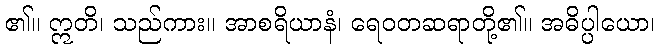
၏။ ဣတိ၊ သည်ကား။ အာစရိယာနံ၊ ရေဝတဆရာတို့၏။ အဓိပ္ပါယော၊